Annual administration report of the Civil Veterinary Department of India - 1899-1900
Year: 1899
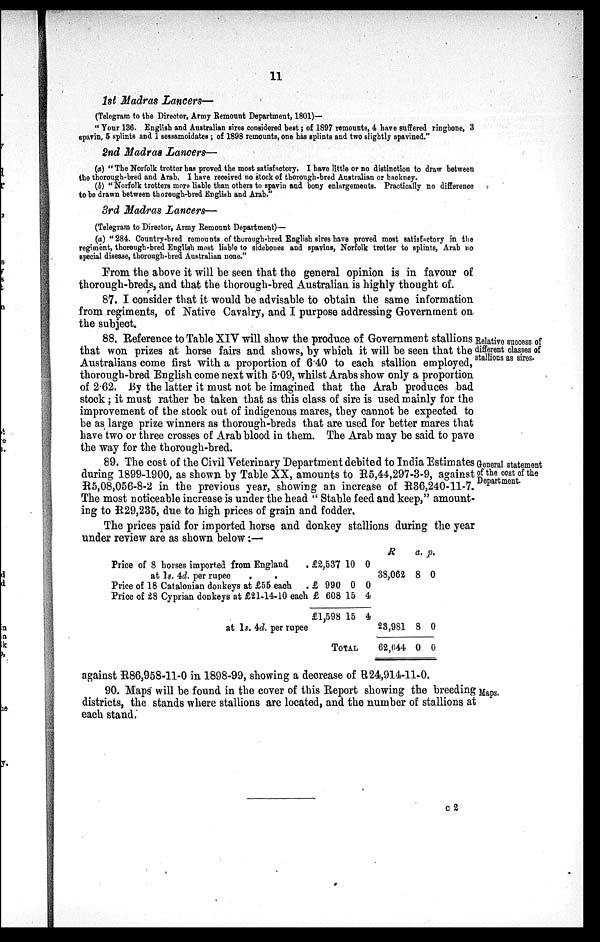
11
1st Madras Lancers—
(Telegram to the Director, Army Remount Department, 1801)—
"Your 136. English and Australian sires considered best; of 1897 remounts, 4 have suffered ringbone, 3
spavin, 5 splints and 1 sessamoidates; of 1898 remounts, one has splints and two slightly spavined."
2nd Madras Lancers—
(a) "The Norfolk trotter has proved the most satisfactory. I have little or no distinction to draw between
the thorough-bred and Arab. I have received no stock of thorough-bred Australian or hackney.
(b) "Norfolk trotters more liable than others to spavin and bony enlargements. Practically no difference
to be drawn between thorough-bred English and Arab."
3rd Madras Lancers—
(Telegram to Director, Army Remount Department)—
(a) "284. Country-bred remounts of thorough-bred English sires have proved most satisfactory in the
regiment, thorough-bred English most liable to sidebones and spavins, Norfolk trotter to splints, Arab no
special disease, thorough-bred Australian none."
From the above it will be seen that the general opinion is in favour of
thorough-breds, and that the thorough-bred Australian is highly thought of.
87. I consider that it would be advisable to obtain the same information
from regiments, of Native Cavalry, and I purpose addressing Government on
the subject.
Relative success of
different classes of
stallions as sires.
88. Reference to Table XIV will show the produce of Government stallions
that won prizes at horse fairs and shows, by which it will be seen that the
Australians come first with a proportion of 6.40 to each stallion employed,
thorough-bred English come next with 5.09, whilst Arabs show only a proportion
of 2.62. By the latter it must not be imagined that the Arab produces bad
stock; it must rather be taken that as this class of sire is used mainly for the
improvement of the stock out of indigenous mares, they cannot be expected to
be as large prize winners as thorough-breds that are used for better mares that
have two or three crosses of Arab blood in them. The Arab may be said to pave
the way for the thorough-bred.
General statement
of the cost of the
Department.
89. The cost of the Civil Veterinary Department debited to India Estimates
during 1899-1900, as shown by Table XX, amounts to R5,44,297-3-9, against
R5,08,056-8-2 in the previous year, showing an increase of R36,240-11-7.
The most noticeable increase is under the head "Stable feed and keep," amount-
ing to R29,235, due to high prices of grain and fodder.
The prices paid for imported horse and donkey stallions during the year
under review are as shown below:—
Price of 8 horses imported from England .
at ls. 4d. per rupee
.
.
Price of 18 Catalonian donkeys at £55 each
Price of 28 Cyprian donkeys at £21-14-10 each
at 1s. 4d. per rupee
£2,537 10 0
£ 990
£ 608
£1,598
0
15
15
0
4
4
TOTAL
R
38,062
a.
8
p.
0
23,981
62,044
8
0
0
0
against R86,958-11-0 in 1898-99, showing a decrease of R24,914-11-0.
90. Maps will be found in the cover of this Report showing the breeding Maps.
districts, the stands where stallions are located, and the number of stallions at
each stand,
c 2